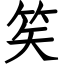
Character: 笶